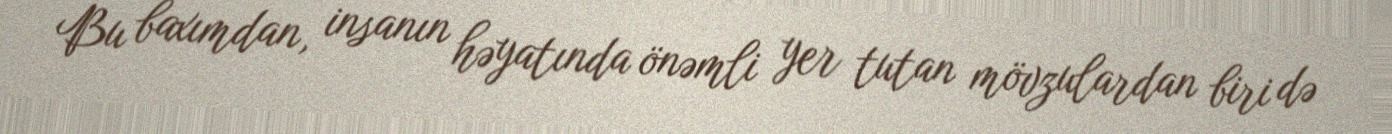
Bu baxımdan, insanın həyatında önəmli yer tutan mövzulardan biri də